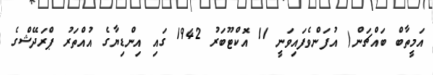
އަމީތާބް ބައްޗަން( އުފަންވެފައިވަނީ 11 އޮކްޓޫބަރު 1942 ގައި އިންޑިޔާގެ އުއްތަރު ޕްރަދޭޝްގެ